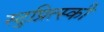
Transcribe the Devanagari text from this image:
स्टुप्नित्स्की